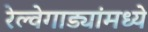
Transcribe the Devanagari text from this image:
रेल्वेगाड्यांमध्ये